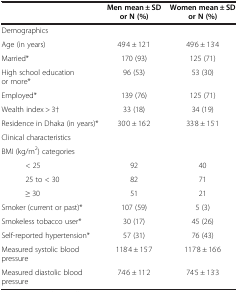
<table><thead><tr><td><b> </b></td><td><b>Men mean ± SD or N (%)</b></td><td><b>Women mean ± SD or N (%)</b></td></tr></thead><tbody><tr><td>Demographics</td><td> </td><td> </td></tr><tr><td>Age (in years)</td><td>49<sup>.</sup>4 ± 12<sup>.</sup>1</td><td>49<sup>.</sup>6 ± 13<sup>.</sup>4</td></tr><tr><td>Married*</td><td>170 (93)</td><td>125 (71)</td></tr><tr><td>High school education or more*</td><td>96 (53)</td><td>53 (30)</td></tr><tr><td>Employed*</td><td>139 (76)</td><td>125 (71)</td></tr><tr><td>Wealth index &gt; 3†</td><td>33 (18)</td><td>34 (19)</td></tr><tr><td>Residence in Dhaka (in years)*</td><td>30<sup>.</sup>0 ± 16<sup>.</sup>2</td><td>33<sup>.</sup>8 ± 15<sup>.</sup>1</td></tr><tr><td>Clinical characteristics</td><td> </td><td> </td></tr><tr><td>BMI (kg/m<sup>2</sup>) categories</td><td> </td><td> </td></tr><tr><td>&lt; 25</td><td>92</td><td>40</td></tr><tr><td>25 to &lt; 30</td><td>82</td><td>71</td></tr><tr><td>≥ 30</td><td>51</td><td>21</td></tr><tr><td>Smoker (current or past)*</td><td>107 (59)</td><td>5 (3)</td></tr><tr><td>Smokeless tobacco user*</td><td>30 (17)</td><td>45 (26)</td></tr><tr><td>Self-reported hypertension*</td><td>57 (31)</td><td>76 (43)</td></tr><tr><td>Measured systolic blood pressure</td><td>118<sup>.</sup>4 ± 15<sup>.</sup>7</td><td>117<sup>.</sup>8 ± 16<sup>.</sup>6</td></tr><tr><td>Measured diastolic blood pressure</td><td>74<sup>.</sup>6 ± 11<sup>.</sup>2</td><td>74<sup>.</sup>5 ± 13<sup>.</sup>3</td></tr></tbody></table>